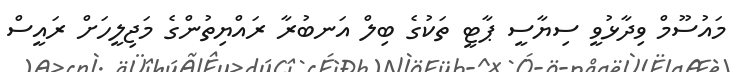
މައުސޫމް ވިދާޅުވީ ސިޔާސީ ޕާޓީ ތަކުގެ ބިލް އަނބުރާ ރައްޔިތުންގެ މަޖިލީހަށް ރައީސް